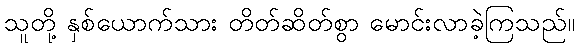
သူတို့ နှစ်ယောက်သား တိတ်ဆိတ်စွာ မောင်းလာခဲ့ကြသည်။